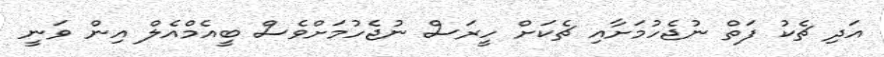
އަދި ޗެކު ފަތް ނުޖެހުމަށާއި ޗެކަށް ހީރަސް ނުޖެހުމަށްވެސް ބީއެމްއެލް އިން ވަނީ